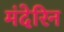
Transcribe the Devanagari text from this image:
मंदेरिन